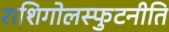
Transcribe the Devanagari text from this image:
राशिगोलस्फुटनीति